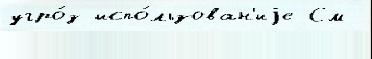
угро́з испо́льзован'иjе См